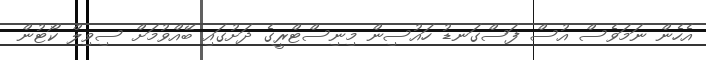
އެހެން ނަމަވެސް އުސް ފަސްގަނޑު ހައުސިން މިނިސްޓްރީގެ ދަށުގައި ބޭއްވުމަށް ސިވިލް ކޯޓުން